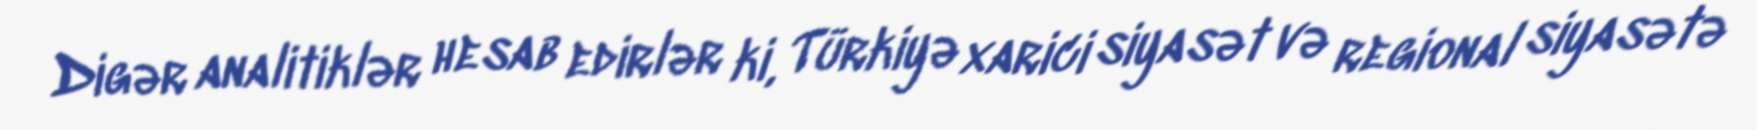
Digər analitiklər hesab edirlər ki, Türkiyə xarici siyasət və regional siyasətə